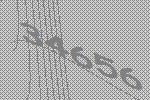
34656